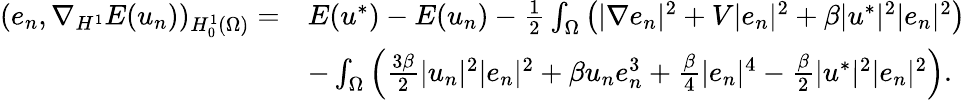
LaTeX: \begin{array}{rl}{(e_{n},\nabla_{H^{1}}E(u_{n}))_{H_{0}^{1}(\Omega)}=}&{E(u^{*})-E(u_{n})-\frac{1}{2}\int_{\Omega}\left(|\nabla e_{n}|^{2}+V|e_{n}|^{2}+\beta|u^{*}|^{2}|e_{n}|^{2}\right)}\\ &{-\int_{\Omega}\left(\frac{3\beta}{2}|u_{n}|^{2}|e_{n}|^{2}+\beta u_{n}e_{n}^{3}+\frac{\beta}{4}|e_{n}|^{4}-\frac{\beta}{2}|u^{*}|^{2}|e_{n}|^{2}\right).}\end{array}